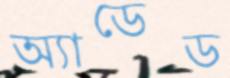
অ্যাডেড